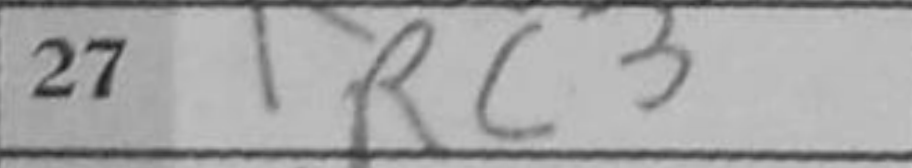
Transcription: Rc3